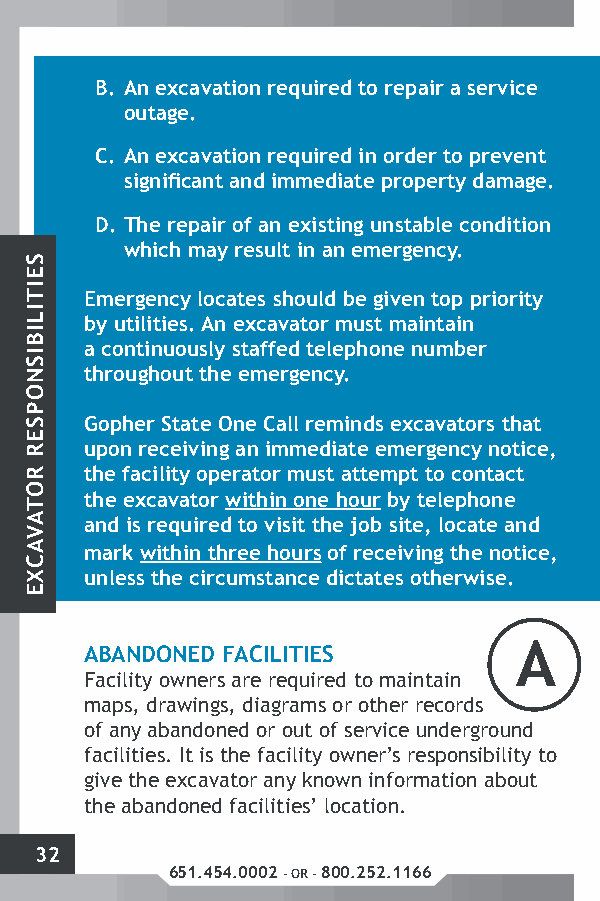
B. An excavation required to repair a service
 outage.
 C. An excavation required in order to prevent
 significant and immediate property damage.
 D. The repair of an existing unstable condition
 which may result in an emergency.
 Emergency locates should be given top priority
 by utilities. An excavator must maintain
 a continuously staffed telephone number
 throughout the emergency.
 Gopher State One Call reminds excavators that
 upon receiving an immediate emergency notice,
 the facility operator must attempt to contact
 the excavator within one hour by telephone
 and is required to visit the job site, locate and
 mark within three hours of receiving the notice,
 unless the circumstance dictates otherwise.
 ABANDONED FACILITIES        A
 Facility owners are required to maintain
 maps, drawings, diagrams or other records
 of any abandoned or out of service underground
 facilities. It is the facility owner’s responsibility to
 give the excavator any known information about
 the abandoned facilities’ location.
 32
 651.454.0002 - OR - 800.252.1166
 SEITILIBISNOPSER
 ROTAVACXE